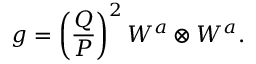
g = \left( \frac { Q } { P } \right) ^ { 2 } W ^ { a } \otimes W ^ { a } .